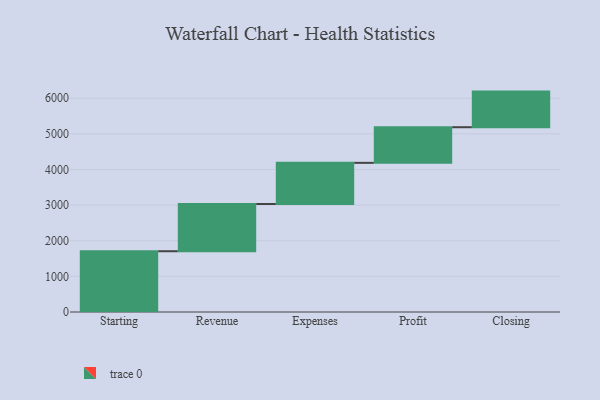
{"axis": {"x": "Step", "y": "Value"}, "legend": [""], "data": [{"x": "Starting", "y": 1706.0, "type": ""}, {"x": "Revenue", "y": 1326.0, "type": ""}, {"x": "Expenses", "y": 1155.0, "type": ""}, {"x": "Profit", "y": 1000, "type": ""}, {"x": "Closing", "y": 1000, "type": ""}]}